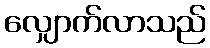
လျှောက်လာသည်